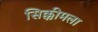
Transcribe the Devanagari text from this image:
सिक्कीमला